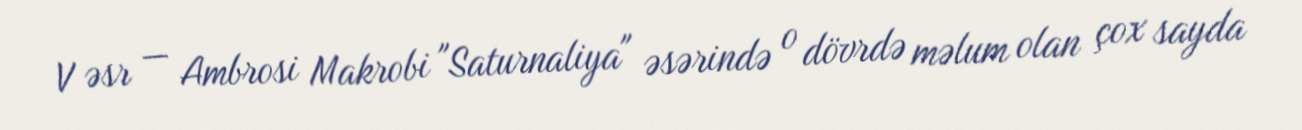
V əsr — Ambrosi Makrobi "Saturnaliya" əsərində o dövrdə məlum olan çox sayda